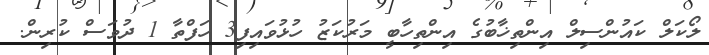
ލޯކަލް ކައުންސިލް އިންތިޚާބުގެ އިންތިހާބީ މަރުކަޒު ހުޅުވައިފި3 ހަފްތާ 1 ދުވަސް ކުރިން.